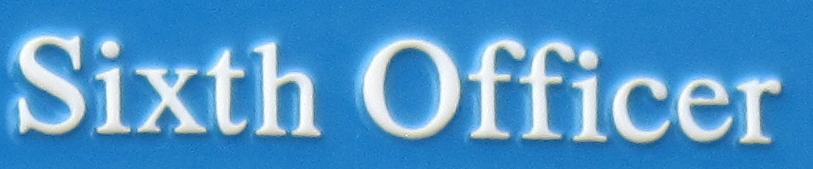
Sixth Officer